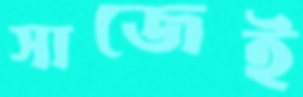
সাজেই